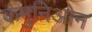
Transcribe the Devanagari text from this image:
कंमुनिओन